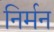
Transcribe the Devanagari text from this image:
निर्मन